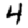
Digit: 4